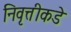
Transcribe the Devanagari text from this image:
निवृत्तीकडे